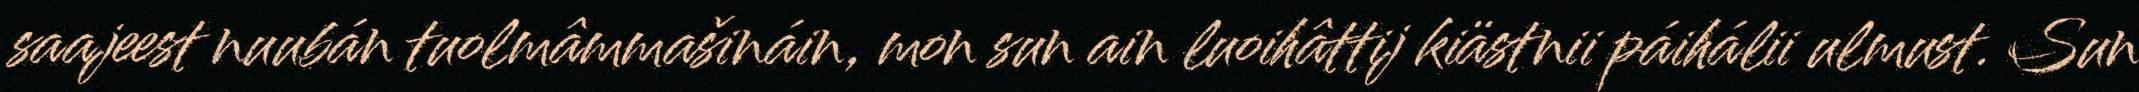
saajeest nuubán tuolmâmmašináin, mon sun ain luoihâttij kiästnii páihálii ulmust. Sun